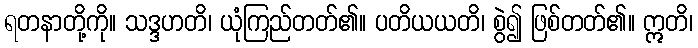
ရတနာတို့ကို။ သဒ္ဒဟတိ၊ ယုံကြည်တတ်၏။ ပတိယယတိ၊ စွဲ၍ ဖြစ်တတ်၏။ ဣတိ၊